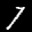
Label: 7